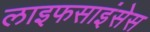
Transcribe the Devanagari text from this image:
लाइफसाइंसेस